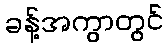
ခန့်အကွာတွင်